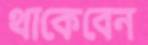
থাকেবেন